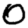
Digit: 0